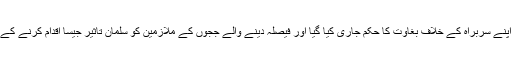
آسیہ بی بی کی عدالتی رہائی پر پنجاب بھر میں جلاو گھیراو والے دھرنوں میں فوج کو اپنے سربراہ کے خلاف بغاوت کا حکم جاری کیا گیا اور فیصلہ دینے والے ججوں کے ملازمین کو سلمان تاثیر جیسا اقدام کرنے کے احکامات دیے گئے اس طرز عمل کے خاتمہ کیلئے کیا حکمت عملی تشکیل دی گئی ؟